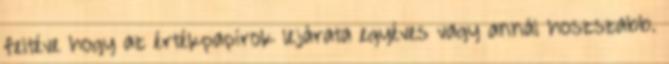
feltéve hogy az értékpapírok lejárata egyéves vagy annál hoszszabb.